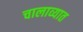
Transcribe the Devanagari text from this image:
चालाव्यात